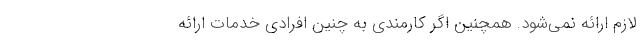
لازم ارائه نمی‌شود. همچنین اگر کارمندی به چنین افرادی خدمات ارائه